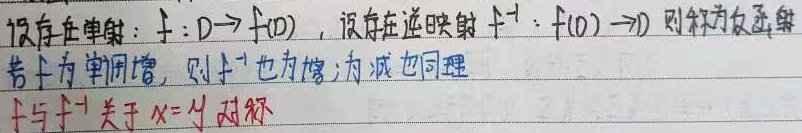
设存在单射：\(f:D\rightarrow f(D)\)，设存在逆映射\(f^{-1}:f(D)\rightarrow D\)。则称为反函数。若 \(f\) 为单调增，则 \(f^{-1}\) 也为增；为减也同理。\(f\) 与 \(f^{-1}\) 关于 \(x = y\) 对称